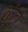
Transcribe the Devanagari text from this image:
केंद्रां